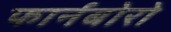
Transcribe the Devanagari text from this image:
फार्नबोरो